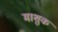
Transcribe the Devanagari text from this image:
माशुक